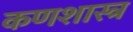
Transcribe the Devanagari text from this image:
कणशास्त्र